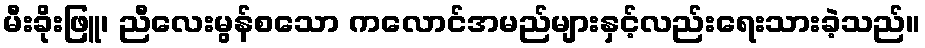
မီးခိုးဖြူ၊ ညီလေးမွန်စသော ကလောင်အမည်များနှင့်လည်းရေးသားခဲ့သည်။